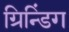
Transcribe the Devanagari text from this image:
ग्रिन्डिंग